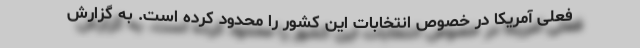
فعلی آمریکا در خصوص انتخابات این کشور را محدود کرده است. به گزارش